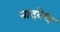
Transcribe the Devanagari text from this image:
नादवेध